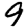
Digit: 9